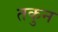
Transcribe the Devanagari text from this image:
तकुन